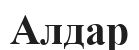
Алдар